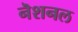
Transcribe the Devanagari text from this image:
नॆशनल